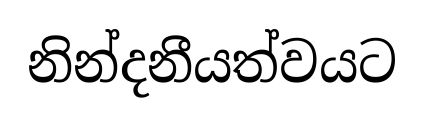
නින්දනීයත්වයට